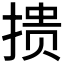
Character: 𰔋